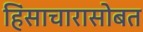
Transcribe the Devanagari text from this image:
हिंसाचारासोबत